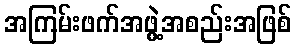
အကြမ်းဖက်အဖွဲ့အစည်းအဖြစ်